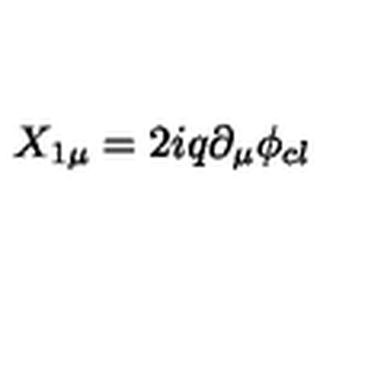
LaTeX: X _ { 1 \mu } = 2 i q \partial _ { \mu } \phi _ { c l } \,